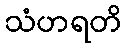
သံဟရတိ